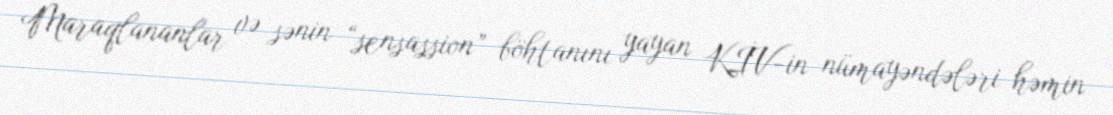
Maraqlananlar və sənin “sensassion” böhtanını yayan KİV-in nümayəndələri həmin